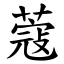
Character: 蔻